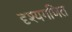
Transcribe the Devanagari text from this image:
दृश्यगणित